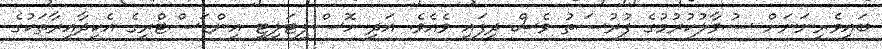
ބައިވެރިނަނަށް ސުވާލުކުރުމުގެ ފުރުސަތު ވެސް ދީފައި ވެއެވެ. އަދި ހޮސްޕިޓަލިޓީ އިންޑަސްޓްރީގެ އެކިދާއިރާތަކުގެ